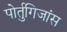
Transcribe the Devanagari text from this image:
पोर्तुगिजांस